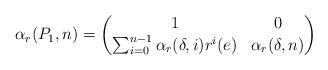
LaTeX: \begin{align*}\alpha_r(P_1,n) = \begin{pmatrix}1 & 0 \\\sum_{i=0}^{n-1} \alpha_r(\delta,i) r^i(e) & \alpha_r(\delta,n)\end{pmatrix}\end{align*}